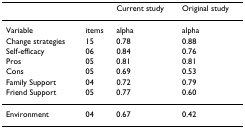
<table><thead><tr><td></td><td></td><td><b>Current study</b></td><td><b>Original study</b></td></tr></thead><tbody><tr><td>Variable</td><td>items</td><td>alpha</td><td>alpha</td></tr><tr><td>Change strategies</td><td>15</td><td>0.78</td><td>0.88</td></tr><tr><td>Self-efficacy</td><td>06</td><td>0.84</td><td>0.76</td></tr><tr><td>Pros</td><td>05</td><td>0.81</td><td>0.81</td></tr><tr><td>Cons</td><td>05</td><td>0.69</td><td>0.53</td></tr><tr><td>Family Support</td><td>04</td><td>0.72</td><td>0.79</td></tr><tr><td>Friend Support</td><td>05</td><td>0.77</td><td>0.60</td></tr><tr><td>Environment</td><td>04</td><td>0.67</td><td>0.42</td></tr></tbody></table>